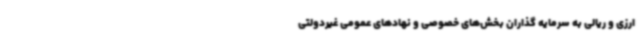
ارزی و ریالی به سرمایه گذاران بخش‌های خصوصی و نهادهای عمومی غیردولتی